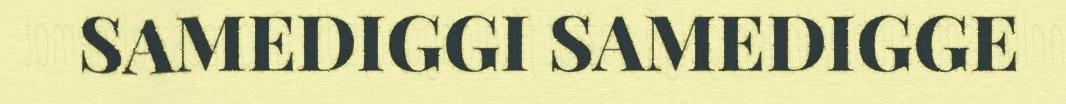
SAMEDIGGI SAMEDIGGE